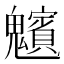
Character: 𩴸